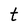
Character: t